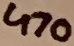
Text: 470